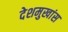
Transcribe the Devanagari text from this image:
देशमुखांस